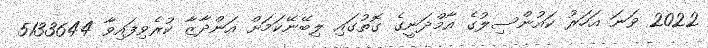
2022 ވަނަ އަހަރު ކައުންސިލުގެ އާމްދަނީގެ ގޮތުގައި ލިބޭނޭކަމަށް އަންދާޒާ ކުރެވިފައިވާ 5133644